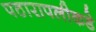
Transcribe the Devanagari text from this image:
पठारापलीकडे